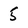
Character: 5